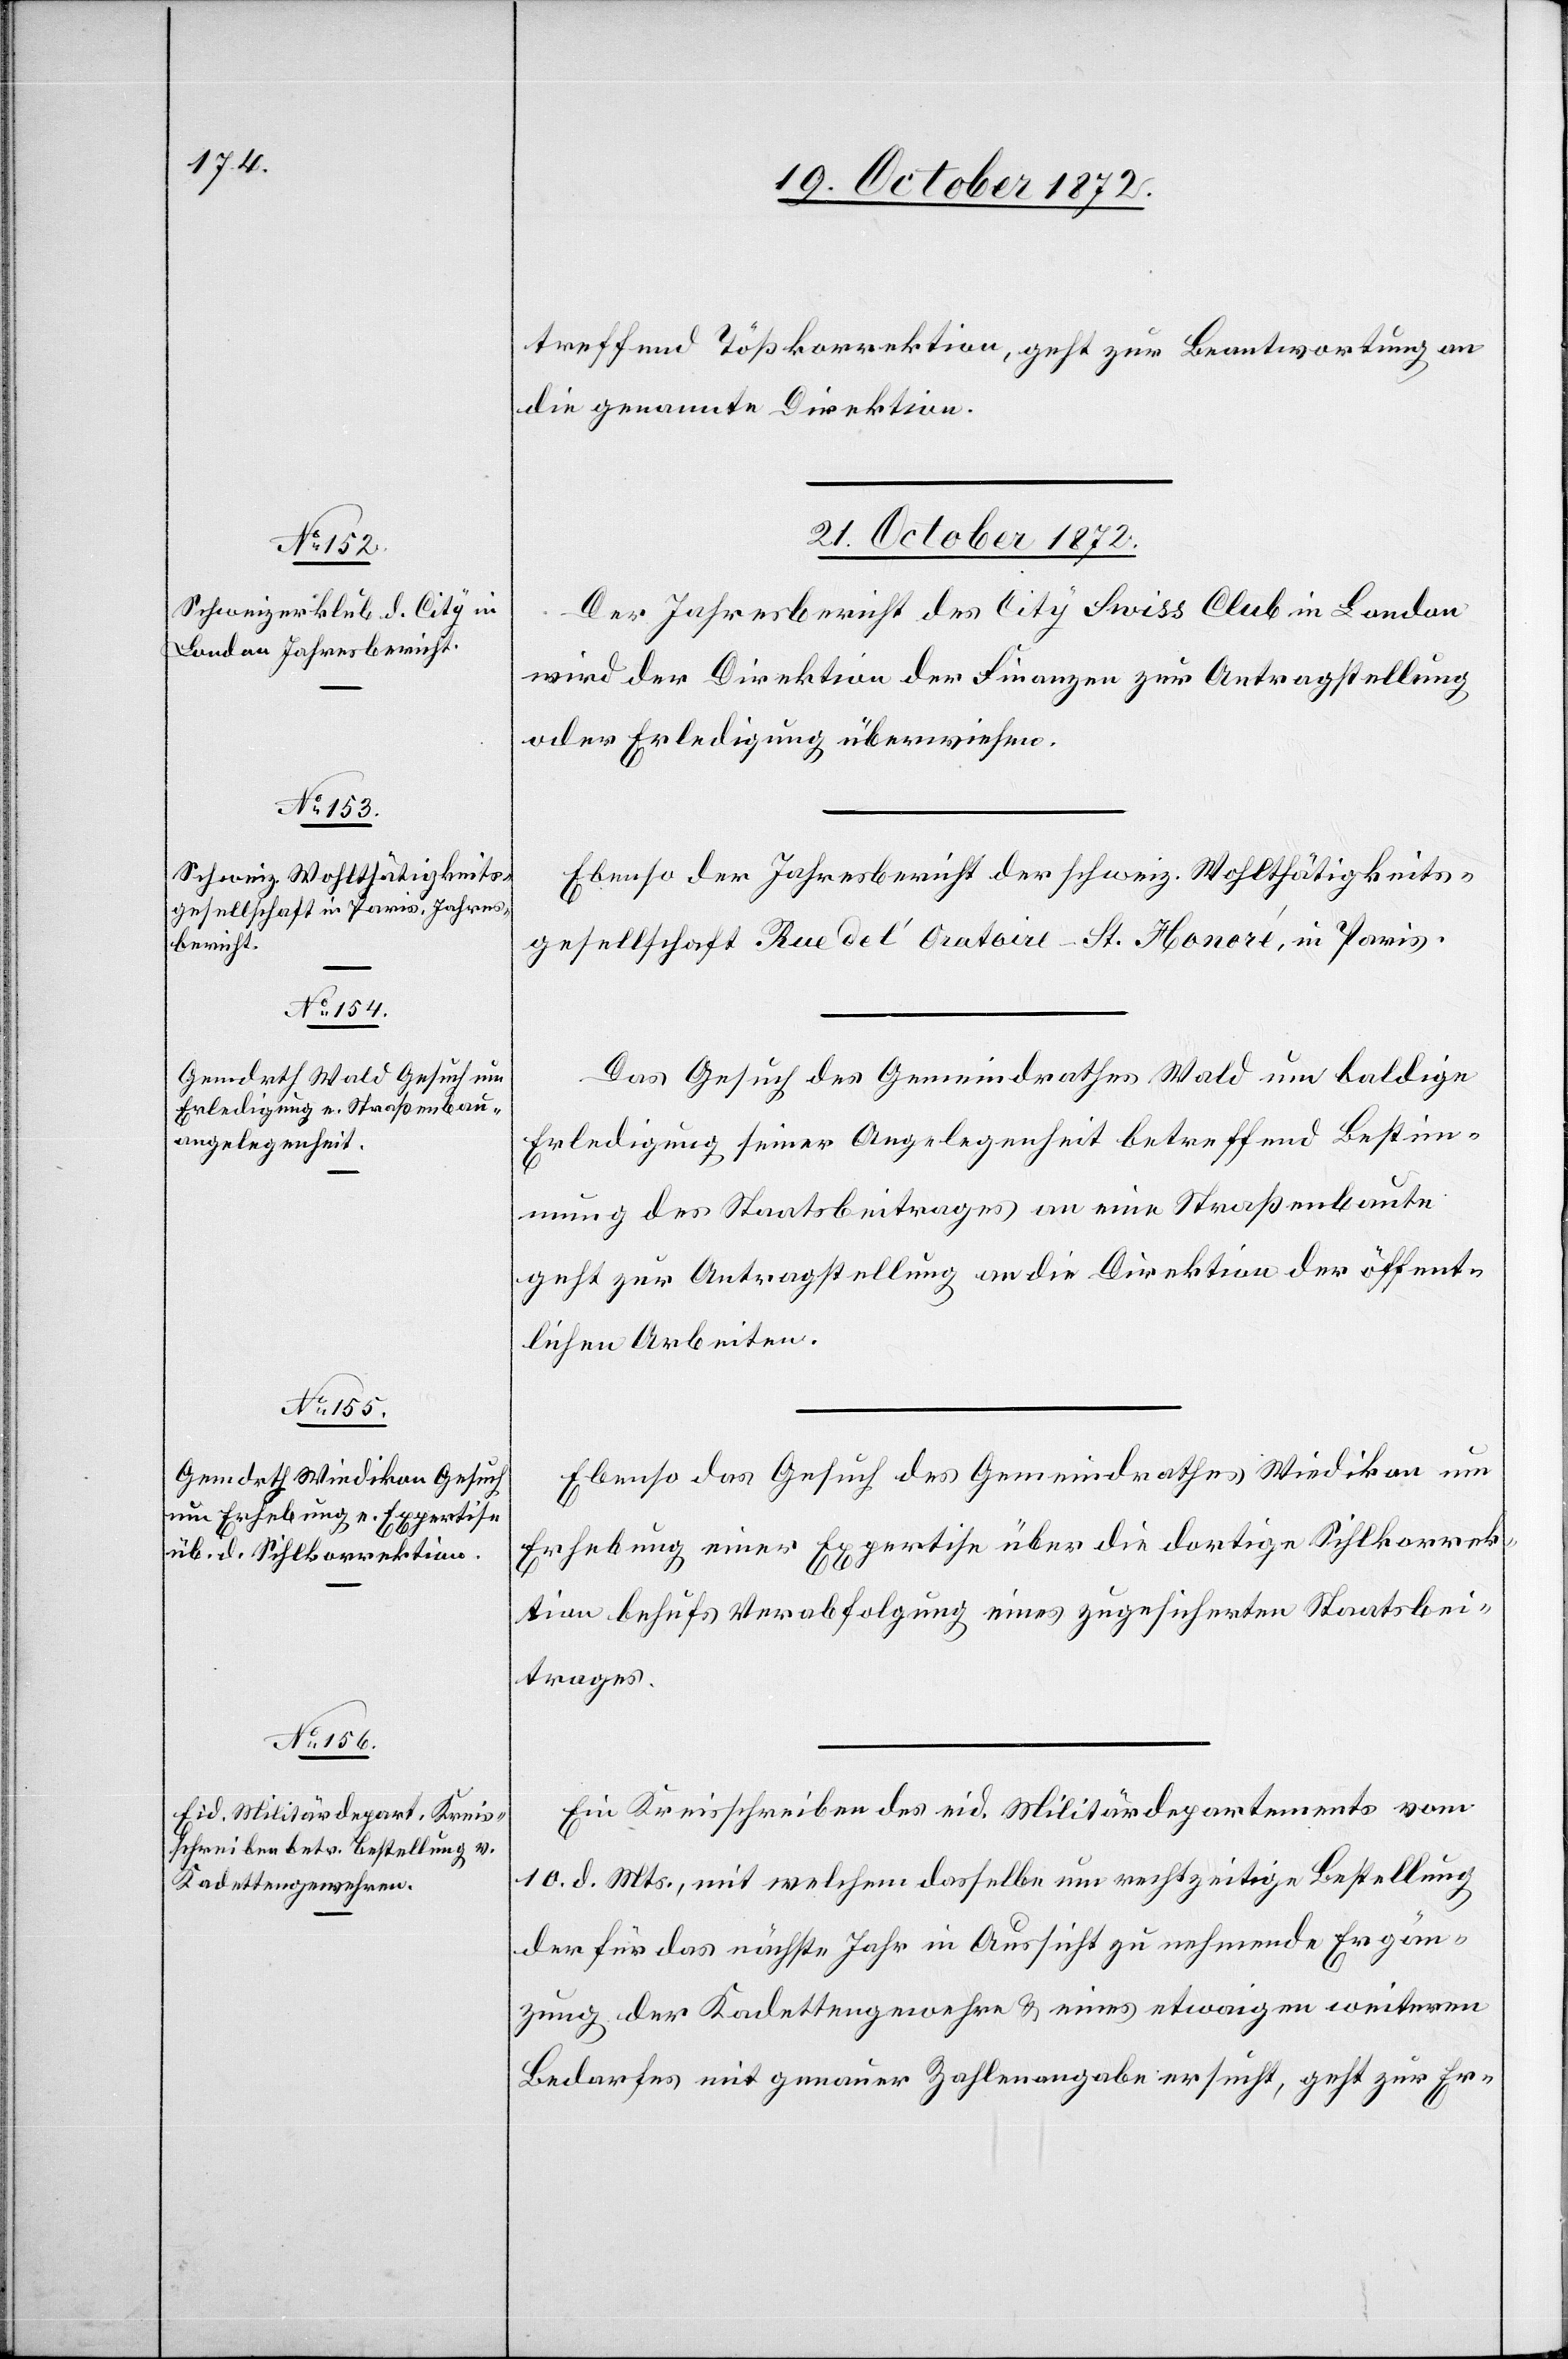
treffend Tößkorrektion, geht zur Beantwortung an
die genannte Direktion.
21. October 1872.]
Der Jahresbericht des City Swiss Club in London
wird der Direktion der Finanzen zur Antragstellung
oder Erledigung überwiesen.
Ebenso der Jahresbericht der schweiz. Wohlthätigkeits¬
gesellschaft Rue de l’Oratoire-St. Honoré, in Paris.
Das Gesuch des Gemeindrathes Wald um baldige
Erledigung seiner Angelegenheit betreffend Bestim¬
mung des Staatsbeitrages an eine Straßenbaute
geht zur Antragstellung an die Direktion der öffent¬
lichen Arbeiten.
Ebenso das Gesuch des Gemeindrathes Wiedikon um
Erhebung einer Expertise über die dortige Sihlkorrek¬
tion behufs Verabfolgung eines zugesicherten Staatsbei¬
trages.
Ein Kreisschreiben des eid. Militärdepartements vom
10. d. Mts., mit welchem dasselbe um rechtzeitige Bestellung
der für das nächste Jahr in Aussicht zu nehmende Ergän¬
zung der Kadettengewehre u. eines etwaigen weiteren
Bedarfes mit genauer Zahlenangabe ersucht, geht zur Er-